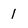
Character: 1